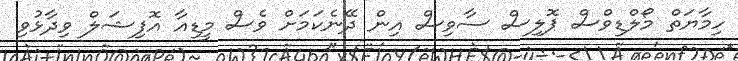
ހިމާޔަތް މޯލްޑިވްސް ޕޮލިސް ސާވިސް އިން ދޭނެކަމަށް ވެސް މީޑިއާ އޮފިޝަލް ވިދާޅުވި